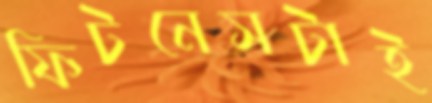
ফিটনেসটাই